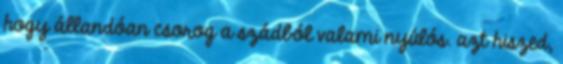
hogy állandóan csorog a szádból valami nyúlós. azt hiszed,